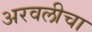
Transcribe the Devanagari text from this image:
अरवलीचा